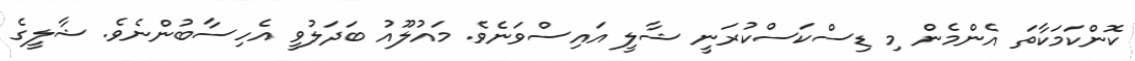
ކޮންކަމަކާތަ އެންމެން މި ޑިސްކަސްކުރަނީ ޝާލީ އައިސްވަނެވެ. މައުލޫއު ބަދަލުވީ އެހިސާބުންނެވެ. ޝާލީގެ